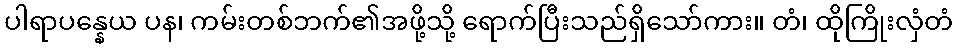
ပါရာပန္နေယ ပန၊ ကမ်းတစ်ဘက်၏အဖို့သို့ ရောက်ပြီးသည်ရှိသော်ကား။ တံ၊ ထိုကြိုးလှံတံ